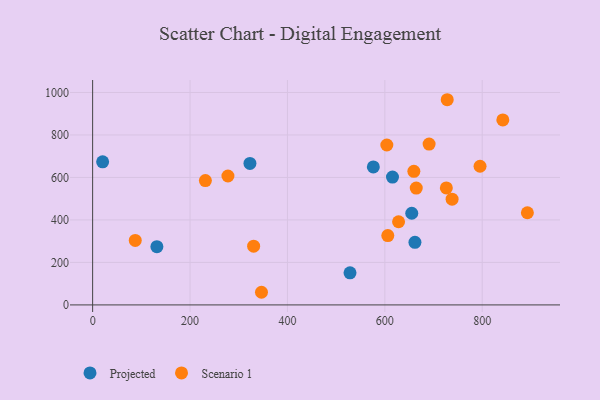
{"axis": {"x": "Distance", "y": "Rating"}, "legend": ["Projected", "Scenario 1"], "data": [{"x": "131.9", "y": 274.1, "type": "Projected"}, {"x": "576.4", "y": 649.8, "type": "Projected"}, {"x": "528.5", "y": 151.2, "type": "Projected"}, {"x": "615.7", "y": 602.0, "type": "Projected"}, {"x": "655.3", "y": 431.6, "type": "Projected"}, {"x": "20.5", "y": 673.5, "type": "Projected"}, {"x": "323.0", "y": 666.0, "type": "Projected"}, {"x": "661.8", "y": 294.8, "type": "Projected"}, {"x": "738.1", "y": 497.6, "type": "Scenario 1"}, {"x": "659.6", "y": 629.0, "type": "Scenario 1"}, {"x": "231.5", "y": 585.1, "type": "Scenario 1"}, {"x": "628.2", "y": 391.5, "type": "Scenario 1"}, {"x": "728.1", "y": 965.9, "type": "Scenario 1"}, {"x": "892.7", "y": 433.8, "type": "Scenario 1"}, {"x": "795.5", "y": 652.8, "type": "Scenario 1"}, {"x": "87.5", "y": 303.5, "type": "Scenario 1"}, {"x": "664.5", "y": 550.2, "type": "Scenario 1"}, {"x": "690.9", "y": 757.1, "type": "Scenario 1"}, {"x": "346.7", "y": 59.5, "type": "Scenario 1"}, {"x": "330.6", "y": 276.3, "type": "Scenario 1"}, {"x": "726.3", "y": 550.6, "type": "Scenario 1"}, {"x": "842.3", "y": 870.7, "type": "Scenario 1"}, {"x": "604.1", "y": 752.7, "type": "Scenario 1"}, {"x": "277.8", "y": 606.8, "type": "Scenario 1"}, {"x": "606.1", "y": 326.4, "type": "Scenario 1"}]}